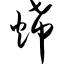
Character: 烯